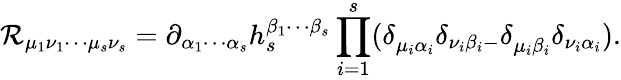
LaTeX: \mathcal{R}_{\mu_{1}\nu_{1}\cdots\mu_{s}\nu_{s}}=\partial_{\alpha_{1}\cdots\alpha_{s}}h_{s}^{\beta_{1}\cdots\beta_{s}}\prod_{i=1}^{s}(\delta_{\mu_{i}\alpha_{i}}^{{}}\delta_{\nu_{i}\beta_{i}-}\delta_{\mu_{i}\beta_{i}}^{{}}\delta_{\nu_{i}\alpha_{i}}).